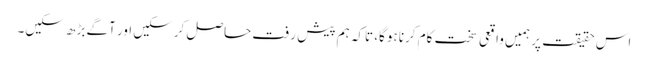
اس حقیقت پر ہمیں واقعی سخت کام کرنا ہوگا، تاکہ ہم پیش رفت حاصل کرسکیں اور آگے بڑھ سکیں۔